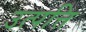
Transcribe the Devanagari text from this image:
उत्पत्ति